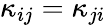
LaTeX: \kappa_{ij}=\kappa_{ji}